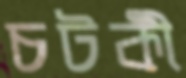
চটকী